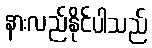
နားလည်နိုင်ပါသည်